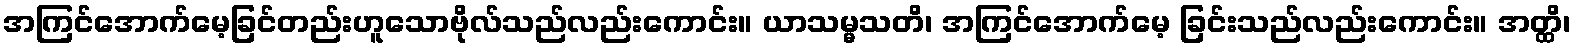
အကြင်အောက်မေ့ခြင်တည်းဟူသောဗိုလ်သည်လည်းကောင်း။ ယာသမ္မသတိ၊ အကြင်အောက်မေ့ ခြင်းသည်လည်းကောင်း။ အတ္ထိ၊